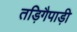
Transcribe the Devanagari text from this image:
तड़िगैपाड़ी